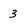
Character: 3